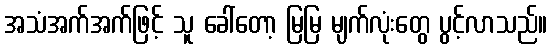
အသံအက်အက်ဖြင့် သူ ခေါ်တော့ မြမြ မျက်လုံးတွေ ပွင့်လာသည်။